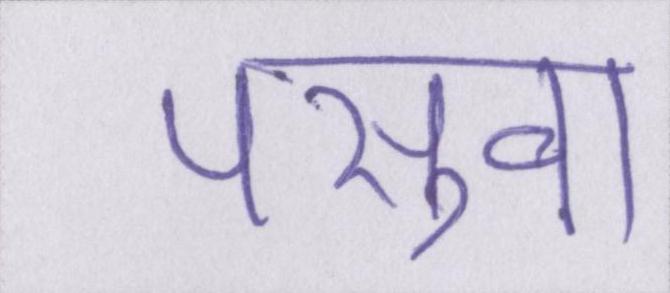
पसुवा